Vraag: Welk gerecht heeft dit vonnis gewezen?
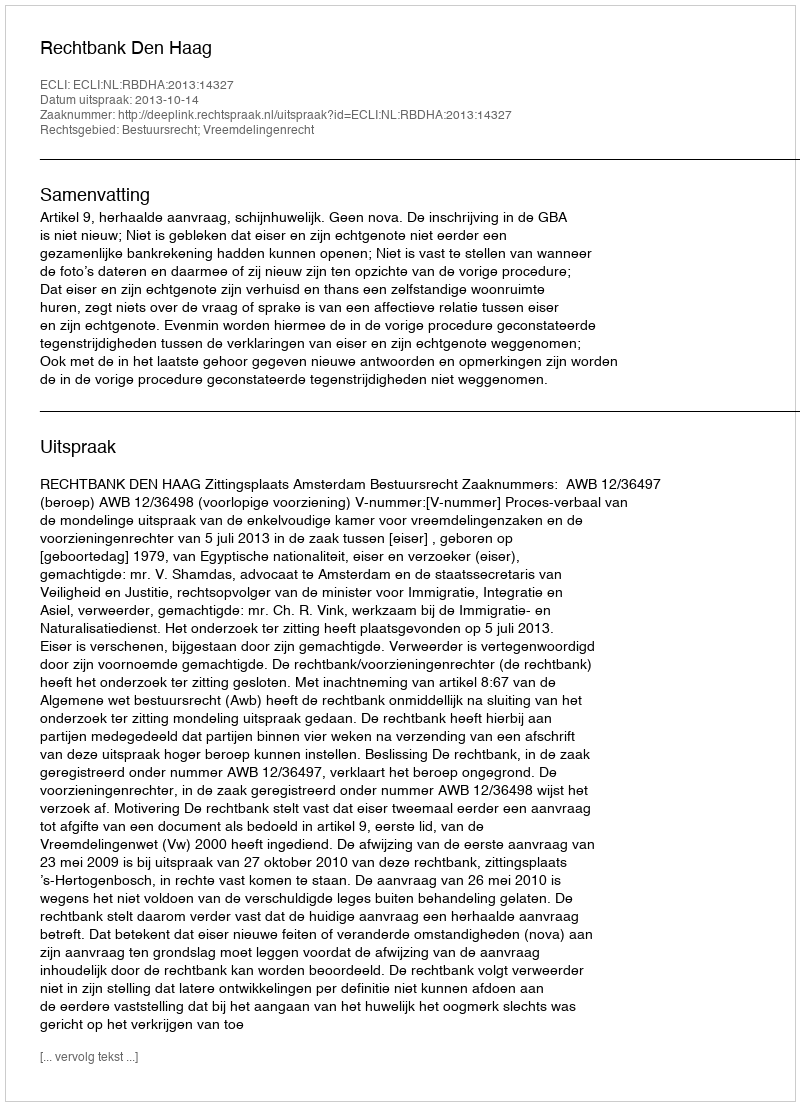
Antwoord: Rechtbank Den Haag